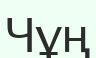
Чұң